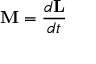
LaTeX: \mathbf { M } = { \frac { d \mathbf { L } } { d t } }